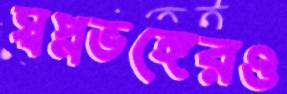
স্বপ্নভঙ্গেরও